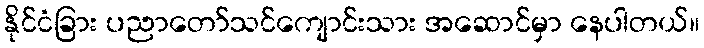
နိုင်ငံခြား ပညာတော်သင်ကျောင်းသား အဆောင်မှာ နေပါတယ်။